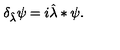
\delta _ { \hat { \lambda } } \psi = i \hat { \lambda } \ast \psi .